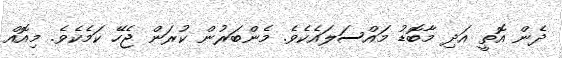
ދެން އޮތީ އަދި މާބޮޑު މައްސަލައެކެވެ. މެންބަރުން ކުރަން ޖެހޭ ކަމެކެވެ. މިއޮއް